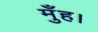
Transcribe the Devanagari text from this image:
मुँह।